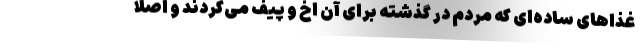
غذاهای ساده‌ای که مردم در گذشته برای آن اَخ و پیف می‌کردند و اصلا